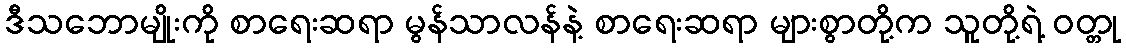
ဒီသဘောမျိုးကို စာရေးဆရာ မွန်သာလန်နဲ့ စာရေးဆရာ များစွာတို့က သူတို့ရဲ့ ဝတ္တု